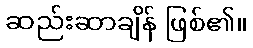
ဆည်းဆာချိန် ဖြစ်၏။